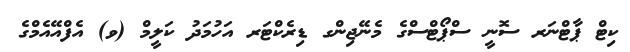
ކިޓް ޕާޓްނަރ ސޮނީ ސްޕޯޓްސްގެ މެނޭޖިންގ ޑިރެކްޓަރ އަހުމަދު ކަލީމް (ވ) އެފްއޭއެމްގެ